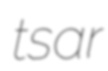
tsar